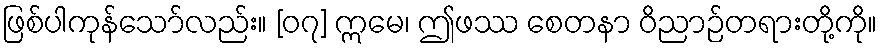
ဖြစ်ပါကုန်သော်လည်း။ [၀၇] ဣမေ၊ ဤဖဿ စေတနာ ဝိညာဉ်တရားတို့ကို။